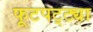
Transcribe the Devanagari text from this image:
फूटपट्ट्या